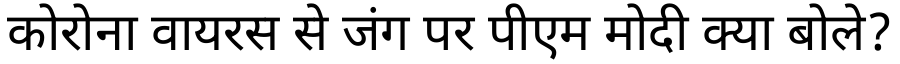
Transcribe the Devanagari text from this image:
कोरोना वायरस से जंग पर पीएम मोदी क्या बोले?